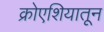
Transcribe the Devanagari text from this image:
क्रोएशियातून